Annual report on the working of the lock hospitals in the Central Provinces
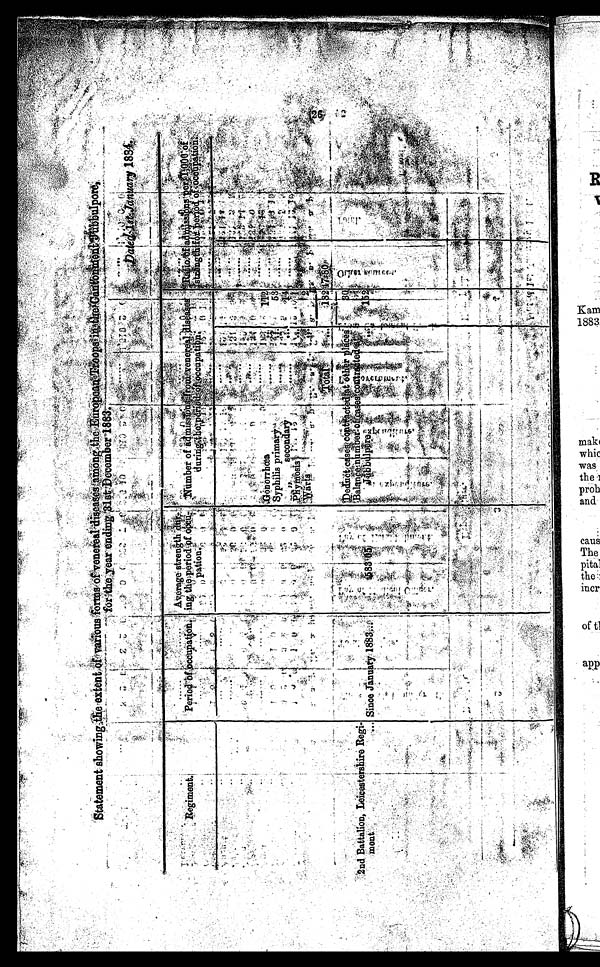
tatement ahowng the extent of various forms of venereat diseases anicrng the ropeserzeopshaliiitaiiktO
Surpore-
.
-
endm 1s1 December 1883.,
-
t
.
.
•
.
i..., ,ty4.- t. . 11 7 :. • .- 4 Att .•
O A '. •-• It . Itnt.47 'AO ,,,,T4'.:
*: ; ". . .....:.
1-- (:::-.:,4 ,
t. -'`-': g
k '
.
-: ' :•,- ' '
Regiment .
. .
. Perio.f715
a on --' ,164, „ - . ...4, - . ,
• ; t
,
... ---, ..•.“.. . • ,.: '' '
' '
,
J. ' -
'' ,..'
' ' . . ''.! . . ' .
- i
at'
..i.._
, _
-. .
.,..,...-_.f..,.
,
--'” , , , , , 11. ,‘ • '
le t i a
...,,,•‘,-,::,;. i. -
.,, ,
: i fi ,. ,. ......):: 1. 1 pation,,,,,,, 1
7„, t , , -4. . e. , , , , , , i: ....,.,..., .
. A..÷4,....it . . .
,
, -- --,--
,4,,, .
- ,..,.,,.,. ..-,:, 1-7-7.-.-;,:
.,.
.—, --- „I.,...,.
.,
„,,,,
, - 4. ,
•
. . ,
. n
r
n ,
.:,X.
,i 7 7 --
. _..1 . Ali erage, strepsb" .. .
,., . ss. .
f ,, ,,2:a .,.. f ie „,.,,It . : 1 = 4:, - _ enexe - . ,
• .
-.
.
i '
thelpertodkVf ,0
..- -mtimper of
-7, ,4 `, -, ‘
.
. - , , _
; e :o :: , n
°ilk,"
a uringAb .
, , , .
_
. ,
.
• _,4„, ,;,,,,,,. . kir ., * - '8-r . *, -. -,„ ' - ' . . - L---- _
_ .:, _ . ․).„..
.:
v , : . : ,
' • ' - ;;S' i
ca . pati
..,
s. - 4- : , - . -, . , - •-' ,-...-' , : ..,. ' . . '-' '' ' 4 '. . " 4 . . . ;
c-''''''
. , , .
. ..
' , --- -.
• ,..."' . -. . , - , , , , , :-. . . "' ' . : . , " ' '
. . .
. . -
' 2nd Battalion, Iale fitsirii Iiir a Rte. . ,. tna lt7.18 .,,,
,,, , , .
' ' ' ‘I . . - : ' .
' ' -' , . 4 .::,. .', Ak ,,,tNi;,-...;''',;:".•• :17 . ' ' - •• . , . ..i, . i
. . .
. , ,
i
i '
. . • , •
•
. 1
.
. , 4 .
•
1 4.
, . . sv
-,.. 4' '
..- es,-r.;.,
.- .-. :- .
. i
- . i -. :,, _- : , . . ,rit .•:`':!- .."":::-:-.
. - . - . . . , : ,
. ,
3 . . ..0 .. 111a4a Pjltit - ',‘
..
'..
:-:, -, :. . . ' ': ' '
- -", -- • - .- - , '-..
. .:;- --;:- . 5!
.
7,,
1 - - . 4.--?,--? ,,;:,,, -
s .
,
,,,
' ' ' ' 1, -....7i,', 411
4, ,f' .
'
. . . . e. 1 .., .. ./ I . - ?. . ' , . '
e4 , - i4
- ... E,17-1,, --4, i 4 . , -4‘ -t, ; s4-.
• -1-
- ? ;
:3 , ,;.: kii .
:4. 111, .,,,.,..
,. , , ,,, ... ..‘..
, ...,,,c,
• , , ,
.4 : ai . . . . , 1 tj ,st
,,ititisis. . 1 1 . 1 4 t) . 44
r 3 . %-;:. 1. . '''' ,. `. tr. '4''i ' ' '
.
* ' :".1` '4' I::
I r, •-• , ,
%.
, ,..i.
- - '
I , , .„ ,...,,.. ...4:;-4;;-, i -- :-...5t- --
----_,,4--- --77.; ..,,, .-,,
e
t,c seoi),04 ,
.._ • fr,
. . - '
-
' '
. "'
I . . ' --. . '
' ' ' 2: ' •,,,q • . ---m
,.. ' ..4.,.,'
.
. . . ,
',
, , . 1, , 4 - ,,, . . :4;, , i.,
-,..-.
....
I. ' 4• 4, -
i -
' , ;. . ..
i. 4 . - .i:,..4t,-.'
-:-
,
i .. - • • :=. 4. .
..,:`—":-. . •
,
'
'''
,r -
. .
4.-
, i . -444:-
,.... . ,
, ' , ,, , - ; • , • . - -..,,,.
01, . .
I
. ..v.1 ...
1, 1. .,...e.
. i , 4 s', , , , t 4 • ;.... 4.. • .
' A: , : -'
.
- '
, . . . A....--•_t er . ”" ' " si. . ,P. ,7 -
i 1--,
,•
4 - • •
.
........- k ,11,*;')"%lit-". T.,, '
4 5. •' .•
Z tid
-Y, M
' ' ' ' ,..-
' ' t i 1 t4P' : p `
.....1,,, ..
••.0,..•4. ,
4rk . . 0i.,it , .
, -, `-'1.....„„pV., ,.., ‘:? -.'. 4-i g .,
. _
..,,,, -,,f44
. .
...;6...-'-' g-.:. - 1 - ;. n : -"' .."
4. :ft: .,:-4.*:
... , s .....:...7' 7 , ...
, ....
,.
. , , .,, , , .44 •.
., P; t- I . ,
. -
44 ' i '' 111 0' ...1.4=C —
- -
.--, --7. . ,. .
..-; - 7 - • *=.
. ''''''' ''''-': `0 U:. ' . .
j 40. ..kiOrr - ilea ,
' : •
,7.-04--.1.
' 1
53 l' - • : -
'''''.
.:.
• "%
' ''.• T
. ' ' ' ')'*-.' 1
-; Syphilis primary ...; ‘
„ .
' '
.
41 14 -...;,...
.
' ''.
' .
r -
seconaa
. 4. . . • — .. .4 "
. . . . 1 A 1 =, I . ' "r :',-,74 - ;;-:- - ,..: :' :
... • 'T
. • -. 4.
1 t !
4 4 ' 4,42- , , ,•_,
:.-
:......:
1 241 iti:. n Pf -
: '::',-,..... •F, ....-.4- ...: ''...—.7..-,;-
...c.....4ctrie . 4.-- ..."7-.1.:11 -•. -4. 44. 4. . .
-
. "-::
_
1
' 4.
SC . ' '''
,.....,-1.
tot r - cis, . ,5-
, . 4- -. a -
VI-
'
, , -: ' • - • , _ :.,,,,-,.:
3‘.
• ,
. . , . ;' ''
-
• . ,
-,,,,f! - •-•, ' "
- -
_ .
., .. :
7.. ni ,,,,, /,'n
,oco ..:Ift ..r.,_
:_t.
, . . ; : - .
'AV.; 1 . 4.,
a• „. . . . , . .
V......- .,.
' , . . . . . ' #
tft
-
. 1-,
.
,
4
,.
.
..,,
. 4;.§- 1, 11?. . „, , ,
37,-4.Atia, -1i4e4, -
,....: .7 ,
,
:Ai
4.;';
n ,...,,,,j r.
_
'- '.4n ,. 1 •-..:-.1.--.--.,;- -,.-- ...' ;:i ' • 77) 41,14,,, '''''' -' 73,..
*: 4 -- ,-,,,-' 1 `I'e-- . . . . -"-=-;-- -,' -;,-. '''`-'4'` ' IT.:.,
•),'; 1.4
-- - ":,,-- ,:fml.'
1 . . .
- 1? , . . . te, r ^ '''f' , -7X: .- i.:,:`:' ,41.,.• -
ri ,::". , Ziii.- - ' '
_ . . . . ! Aii` ,..:,: r... -